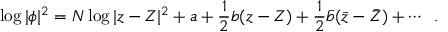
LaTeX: \log | \phi | ^ { 2 } = N \log | z - Z | ^ { 2 } + a + \frac { 1 } { 2 } b ( z - Z ) + \frac { 1 } { 2 } { \bar { b } } ( { \bar { z } } - { \bar { Z } } ) + \cdots \; \; .